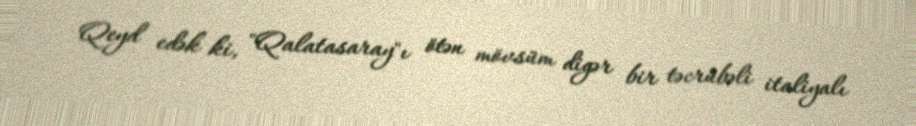
Qeyd edək ki, "Qalatasaray"ı ötən mövsüm digər bir təcrübəli italiyalı